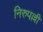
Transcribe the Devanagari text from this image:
निरुपल्ली